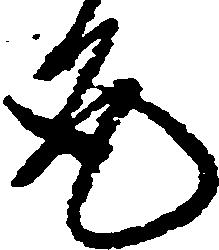
允